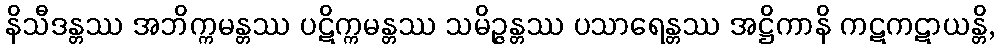
နိသီဒန္တဿ အဘိက္ကမန္တဿ ပဋိက္ကမန္တဿ သမိဉ္ဇန္တဿ ပသာရေန္တဿ အဋ္ဌိကာနိ ကဋကဋာယန္တိ,